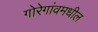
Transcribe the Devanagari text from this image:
गोरेगांवमधील